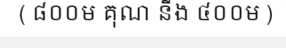
( ៨០០ម គុណ នីង ៤០០ម )